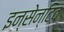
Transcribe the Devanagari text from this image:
इन्सेन्टिव